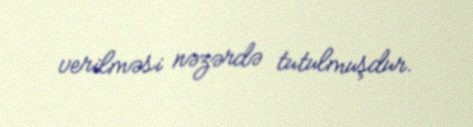
verilməsi nəzərdə tutulmuşdur.